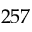
2 5 7